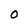
Character: O